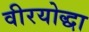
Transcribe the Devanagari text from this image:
वीरयोद्धा